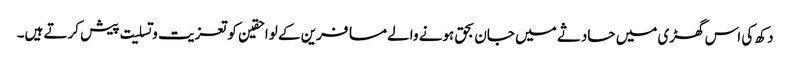
دکھ کی اس گھڑی میں حادثے میں جان بحق ہونے والے مسافرین کے لواحقین کو تعزیت و تسلیت پیش کرتے ہیں۔